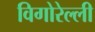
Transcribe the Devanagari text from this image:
विगोरेल्ली